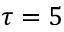
\tau = 5